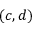
( c , d )